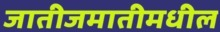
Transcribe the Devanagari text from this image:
जातीजमातीमधील